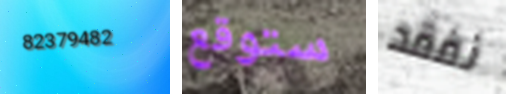
82379482 ستوقع نفقد